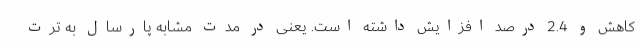
کاهش و 2.4 درصد افزایش داشته است. یعنی در مدت مشابه پارسال به ترت